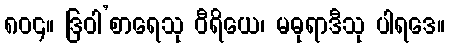
၈၀၄။ ဒြဝါ’စာရေသု ဝီရိယေ၊ မဓုရာဒီသု ပါရဒေ။